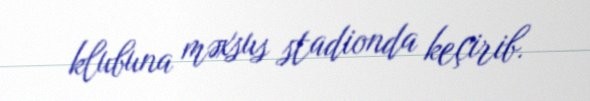
klubuna məxsus stadionda keçirib.